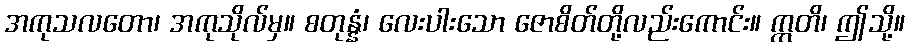
အကုသလတော၊ အကုသိုလ်မှ။ စတုန္နံ၊ လေးပါးသော ဇောစိတ်တို့လည်းကောင်း။ ဣတိ၊ ဤသို့။